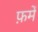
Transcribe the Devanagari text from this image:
फ़में